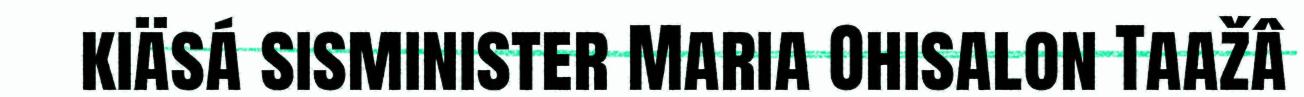
kiäsá sisminister Maria Ohisalon Taažâ